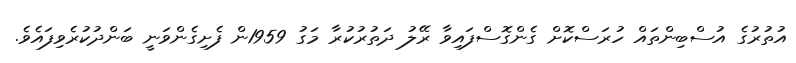
އުތުރުގެ އުސްބިންތައް ހުރަސްކޮށް ގެންގޮސްފައިވާ ރޭލު ދަތުރުކުރާ މަގު 1959ން ފެށިގެންވަނީ ބަންދުކުރެވިފައެވެ.